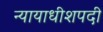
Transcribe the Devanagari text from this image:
न्यायाधीशपदी